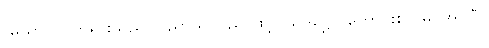
(မယာ)၊ ငါဘုရားသည်။ ပညာယ၊ ပညာဖြင့်။ သုဒိဋ္ဌော၊ ကောင်းစွာ မြင်အပ်ပြီ။